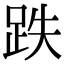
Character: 跌